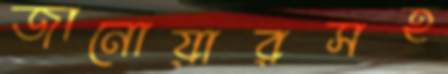
জানোয়ারসহ